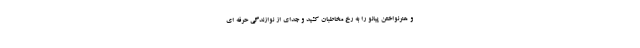
و هنرنواختن پیانو را به رخ مخاطبان کشید و جدای از نوازندگی حرفه ای